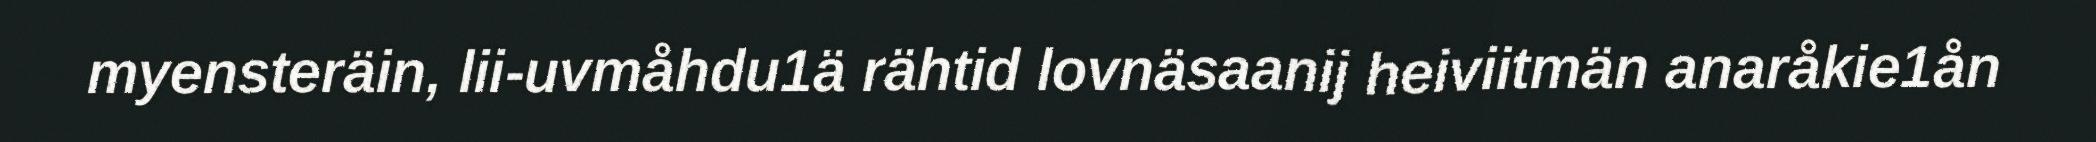
myensteräin, lii-uvmåhdu1ä rähtid lovnäsaanij heiviitmän anaråkie1ån